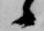
候